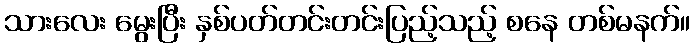
သားလေး မွေးပြီး နှစ်ပတ်တင်းတင်းပြည့်သည့် စနေ တစ်မနက်။